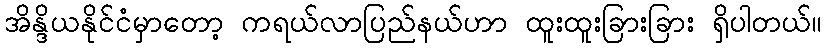
အိန္ဒိယနိုင်ငံမှာတော့ ကရယ်လာပြည်နယ်ဟာ ထူးထူးခြားခြား ရှိပါတယ်။